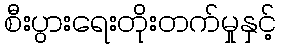
စီးပွားရေးတိုးတက်မှုနှင့်